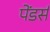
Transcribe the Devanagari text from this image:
पेंडर्स